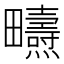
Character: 𤴃